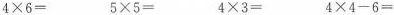
$$4 \times 6 =$$ $$5 \times 5 =$$ $$4 \times 3 =$$ $$4 \times 4 - 6 =$$